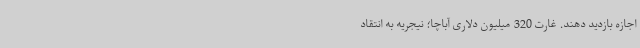
اجازه بازدید دهند. غارت 320 میلیون دلاری آباچا؛ نیجریه به انتقاد